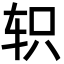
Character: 轵